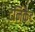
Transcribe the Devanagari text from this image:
टर्निकेट